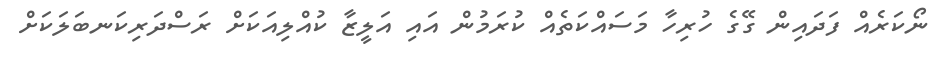
ނޯކަރެއް ފަދައިން ގޭގެ ހުރިހާ މަސައްކަތެއް ކުރަމުން އައި އަލީޒާ ކުއްލިއަކަށް ރަސްދަރިކަނބަލަކަށް